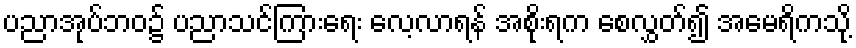
ပညာအုပ်ဘဝ၌ ပညာသင်ကြားရေး လေ့လာရန် အစိုးရက စေလွှတ်၍ အမေရိကသို့